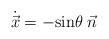
LaTeX: \begin{align*}{\dot{\vec x}}=-\mbox{sin}\theta \; \vec n\end{align*}